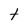
Character: t